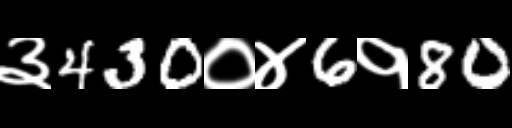
Text: ३430०४6१80